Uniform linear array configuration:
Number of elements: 16
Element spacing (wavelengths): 1
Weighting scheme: kaiser
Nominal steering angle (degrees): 0
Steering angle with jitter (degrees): -0.392
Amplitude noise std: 0.05
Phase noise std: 0.05

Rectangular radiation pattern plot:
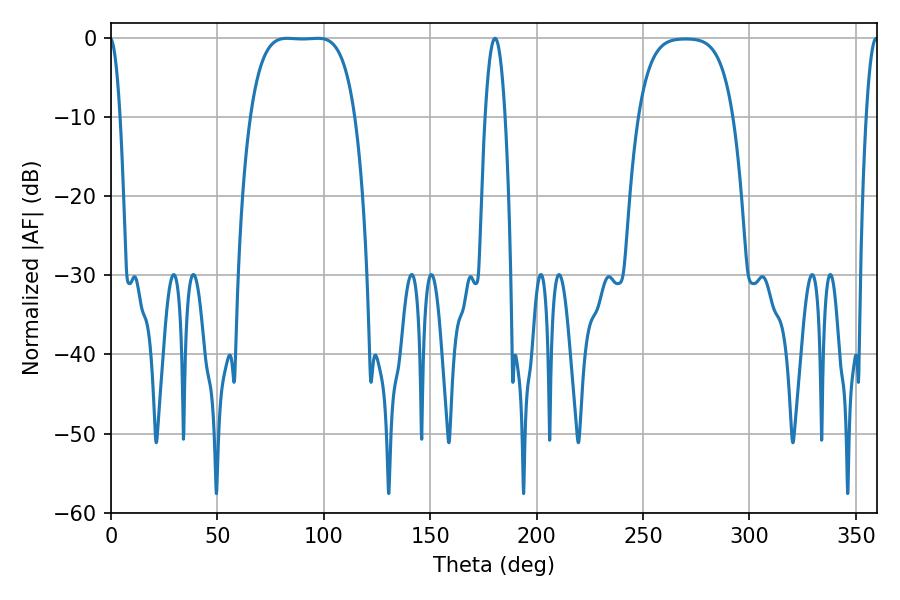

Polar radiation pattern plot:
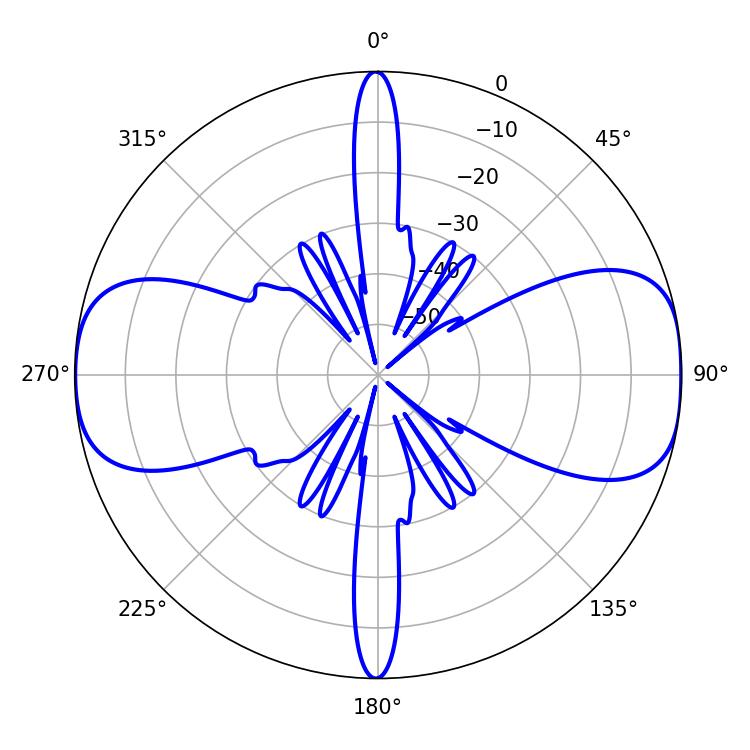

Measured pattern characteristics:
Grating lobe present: TRUE
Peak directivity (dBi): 12.587
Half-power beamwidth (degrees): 37.8
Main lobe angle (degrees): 97.2